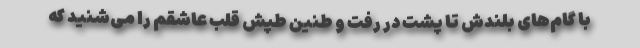
با گام‌های بلندش تا پشت در رفت و طنین طپش قلب عاشقم را می‌شنید که